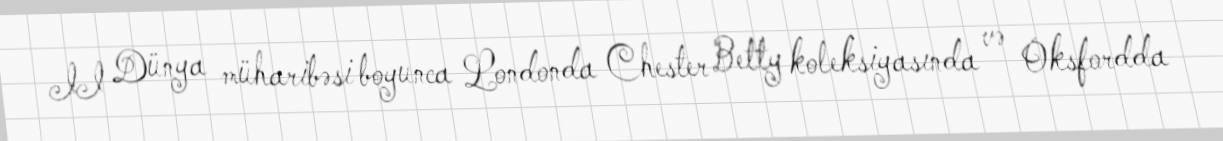
II Dünya müharibəsi boyunca Londonda Chester Betty koleksiyasında və Oksfordda